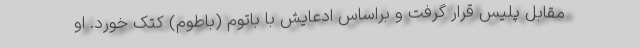
مقابل پلیس قرار گرفت و براساس ادعایش با باتوم (باطوم) کتک خورد. او